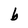
Character: b